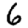
Digit: 6